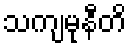
သကျမုနီတိ